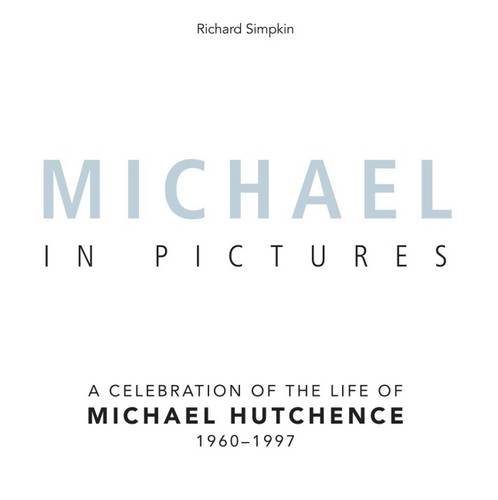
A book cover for Michael In Pictures: A Celebration of the Life of Michael Hutchence 1960 -1997; Richard Simpkin; Arts & Photography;